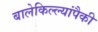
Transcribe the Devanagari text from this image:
बालेकिल्ल्यांपैकी